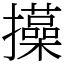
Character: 㩰